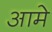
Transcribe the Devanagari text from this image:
आमे